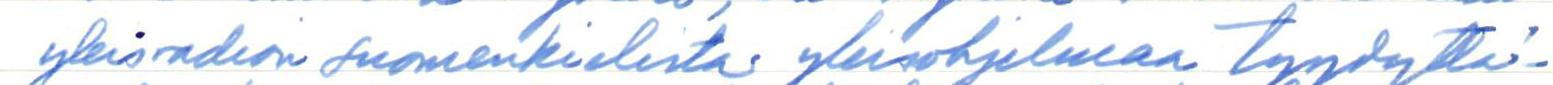
yleisradion suomenkielistä yleisohjelmaa tyydyttä-